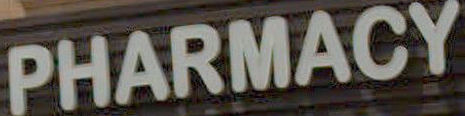
PHARMACY